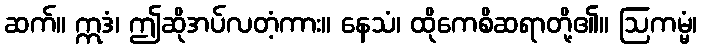
ဆက်။ ဣဒံ၊ ဤဆိုအပ်လတံ့ကား။ နေသံ၊ ထိုကေစိဆရာတို့၏။ ဩကမ္မံ၊